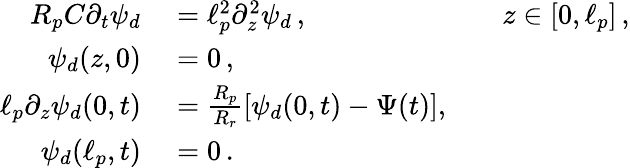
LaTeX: \begin{array}{rlrl}{R_{p}C\partial_{t}\psi_{d}}&{{}=\ell_{p}^{2}\partial_{z}^{2}\psi_{d}\, ,}&{}&{{}z\in[0,\ell_{p}]\, ,}\\ {\psi_{d}(z,0)}&{{}=0\, ,}\\ {\ell_{p}\partial_{z}\psi_{d}(0,t)}&{{}=\frac{R_{p}}{R_{r}}[\psi_{d}(0,t)-\Psi(t)],}\\ {\psi_{d}(\ell_{p},t)}&{{}=0\, .}\end{array}